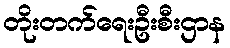
တိုးတက်ရေးဦးစီးဌာန